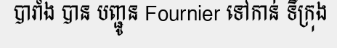
បារាំង បាន បញ្ជូន Fournier ទៅកាន់ ទីក្រុង